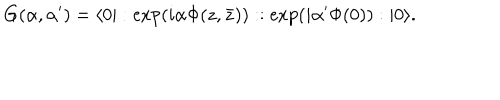
LaTeX: G ( \alpha , \alpha ^ { \prime } ) = \langle 0 | : \exp ( i \alpha \Phi ( z , \bar { z } ) ) : : \exp ( i \alpha ^ { \prime } \Phi ( 0 ) ) : | 0 \rangle .